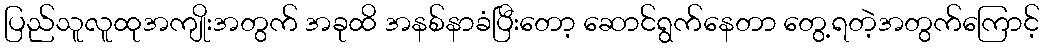
ပြည်သူလူထုအကျိုးအတွက် အခုထိ အနစ်နာခံပြီးတော့ ဆောင်ရွက်နေတာ တွေ့ရတဲ့အတွက်ကြောင့်